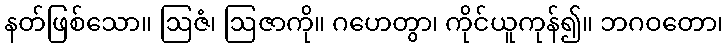
နတ်ဖြစ်သော။ ဩဇံ၊ ဩဇာကို။ ဂဟေတွာ၊ ကိုင်ယူကုန်၍။ ဘဂဝတော၊